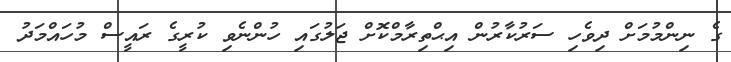
ގެ ނިންމުމަށް ދިވެހި ސަރުކާރުން އިޙްތިރާމްކޮށް ޖަލުގައި ހުންނެވި ކުރީގެ ރައީސް މުހައްމަދު